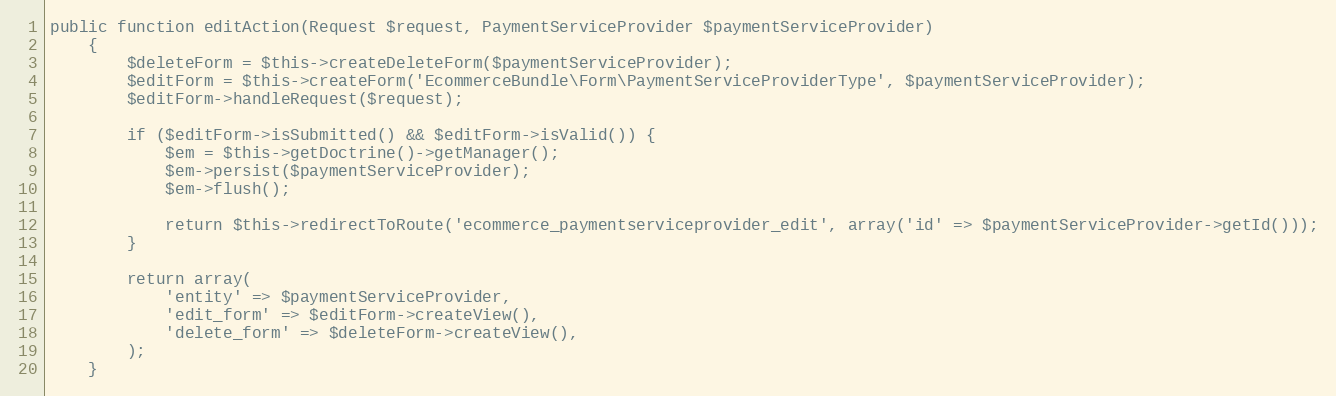
Language: PHP
public function editAction(Request $request, PaymentServiceProvider $paymentServiceProvider)
    {
        $deleteForm = $this->createDeleteForm($paymentServiceProvider);
        $editForm = $this->createForm('EcommerceBundle\Form\PaymentServiceProviderType', $paymentServiceProvider);
        $editForm->handleRequest($request);

        if ($editForm->isSubmitted() && $editForm->isValid()) {
            $em = $this->getDoctrine()->getManager();
            $em->persist($paymentServiceProvider);
            $em->flush();

            return $this->redirectToRoute('ecommerce_paymentserviceprovider_edit', array('id' => $paymentServiceProvider->getId()));
        }

        return array(
            'entity' => $paymentServiceProvider,
            'edit_form' => $editForm->createView(),
            'delete_form' => $deleteForm->createView(),
        );
    }